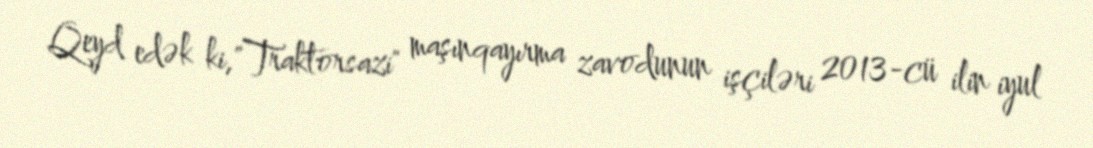
Qeyd edək ki,"Traktorsazi" maşınqayırma zavodunun işçiləri 2013-cü ilin iyul